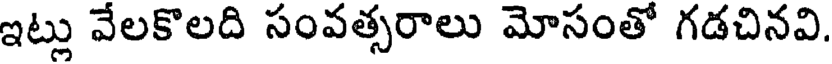
ఇట్లు వేలకొలది సంవత్సరాలు మోసంతో గడచినవి.